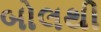
બોલથી